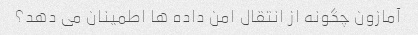
آمازون چگونه از انتقال امن داده ها اطمینان می دهد؟